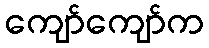
ကျော်ကျော်က